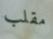
مقلب